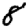
Digit: 8